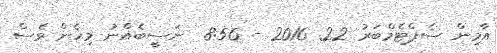
އާމިން ސެޕްޓެމްބަރު 22